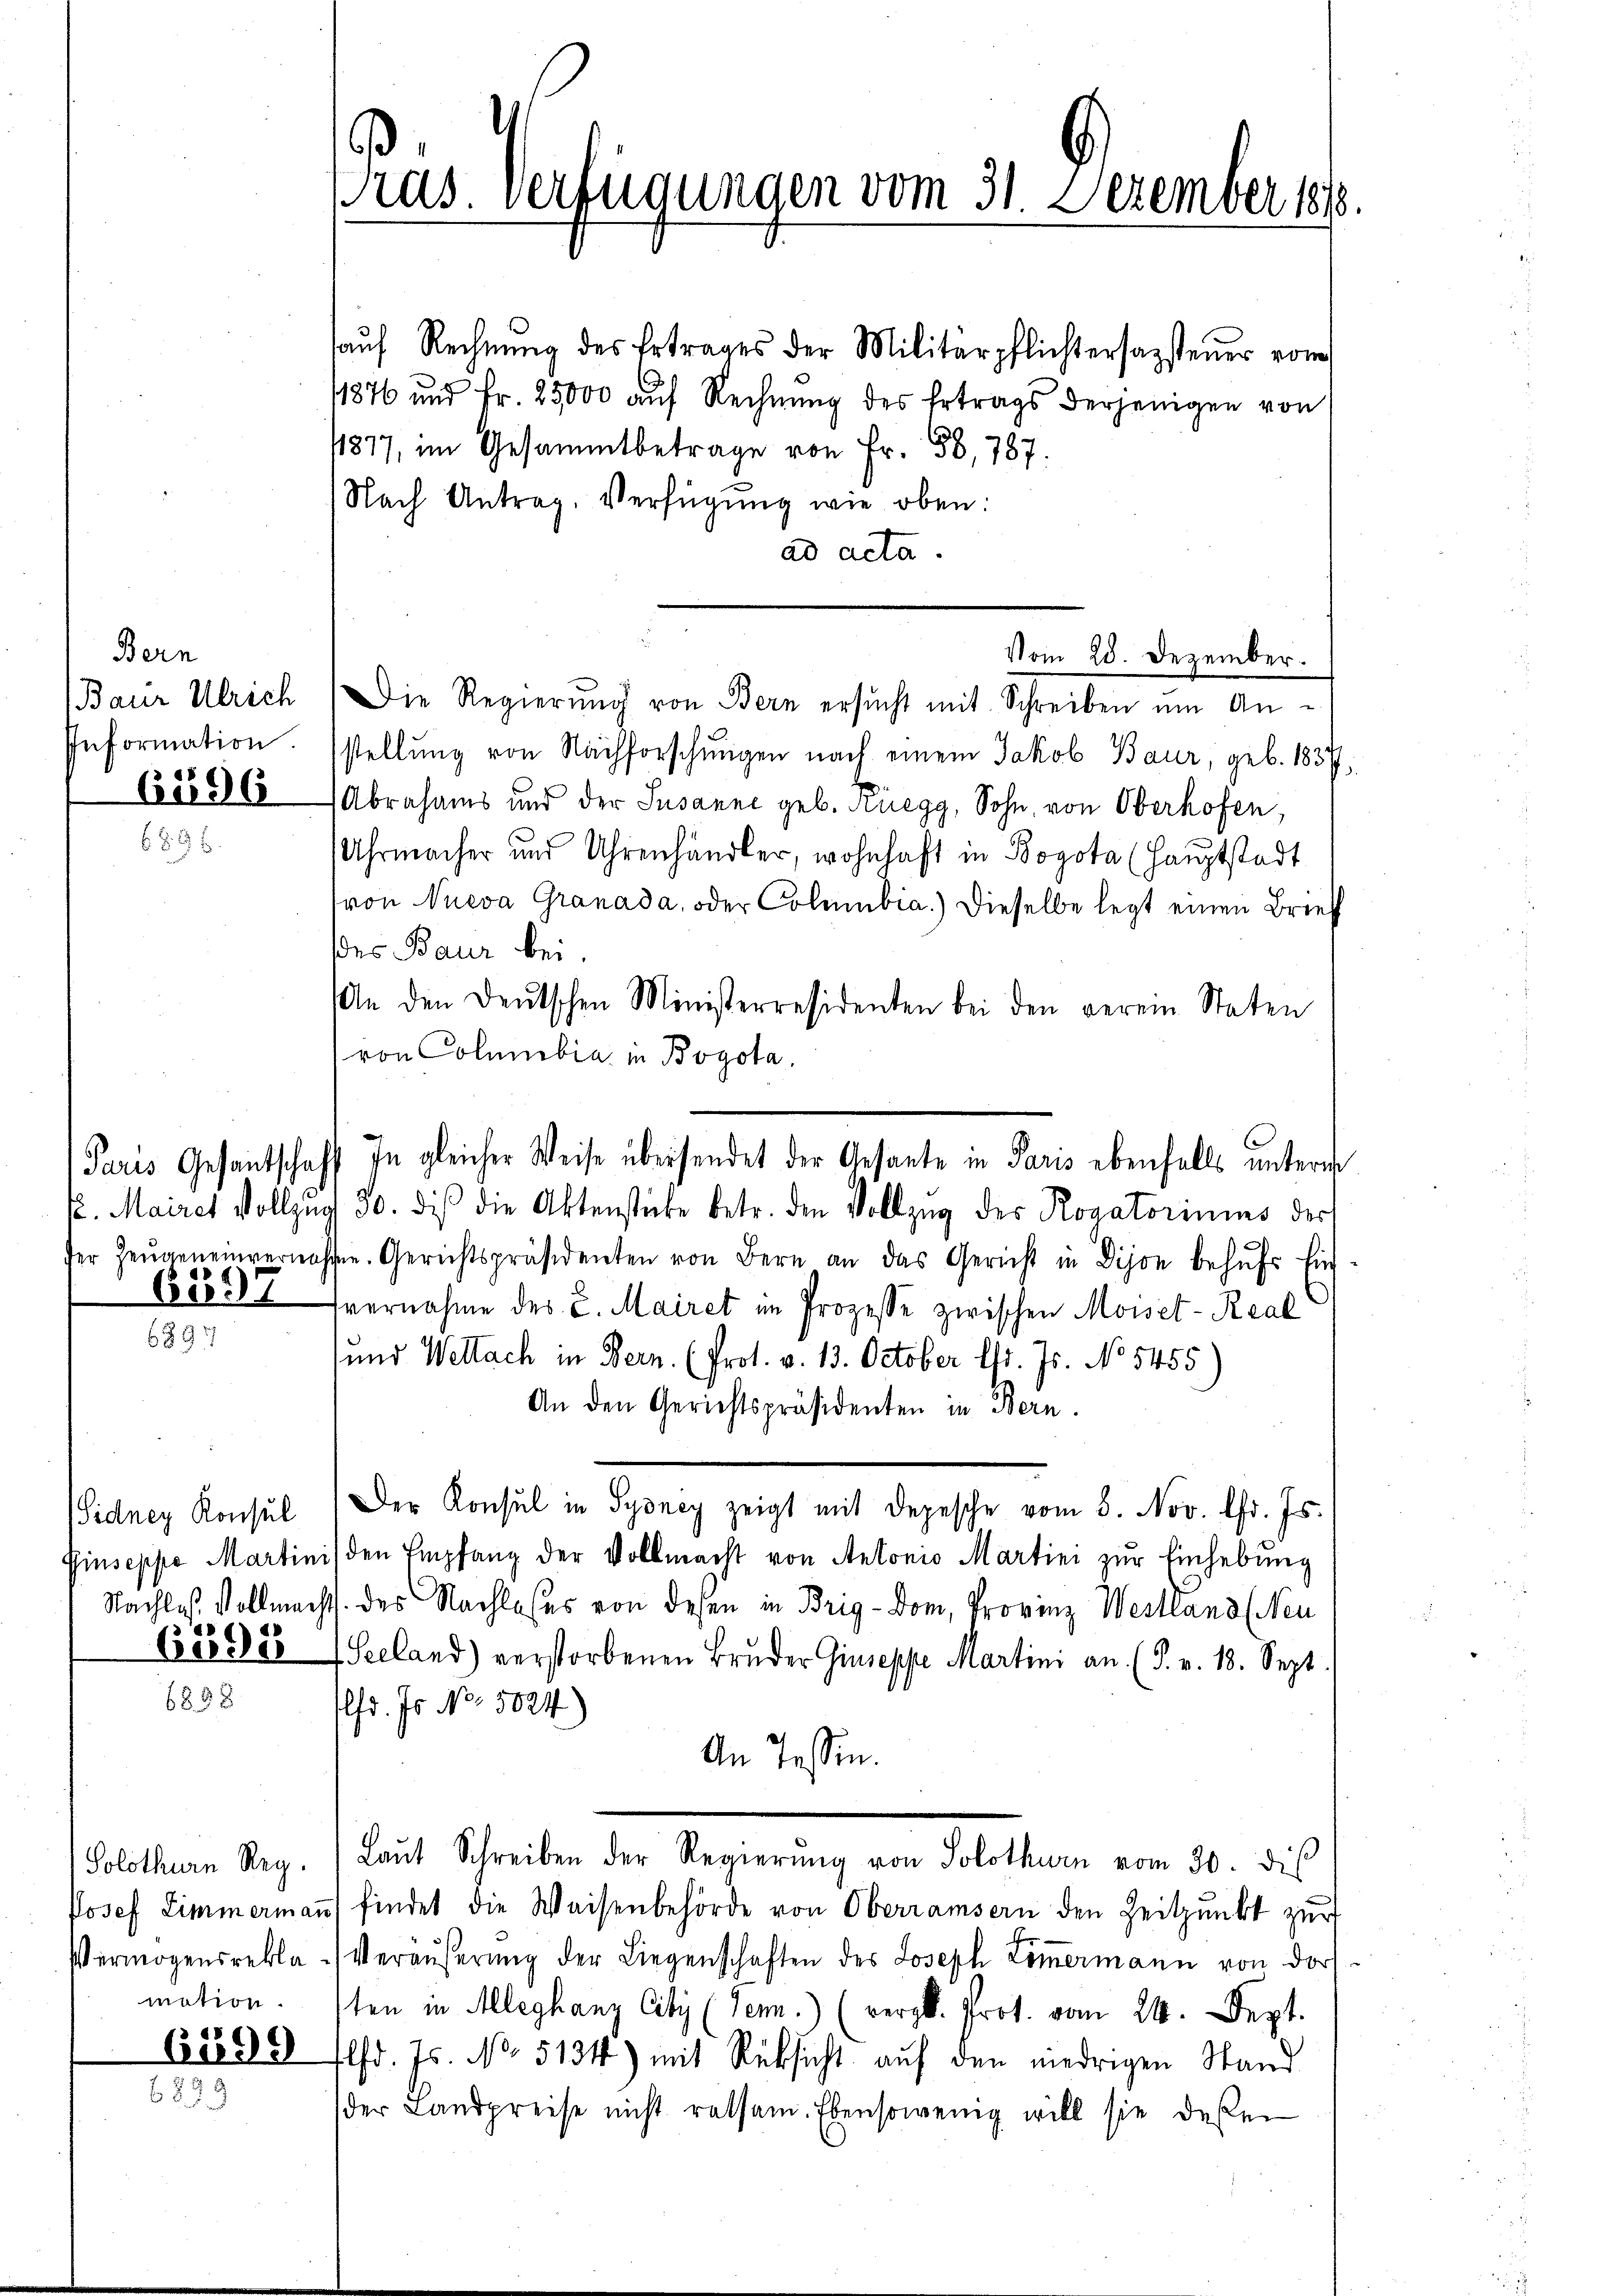
Bern
Baur Ulrich
Information.

6596

6598

299

Sidney Konsul

mation.

s
Pras. Verfügungen vom 31. Dezember 1818.

aŭf Rechnŭng des Ertrages der Militärpflichtersagsteŭer vom
11876 und Fr. 25000 auf Rechnung des Ertrags derjenigen von
11877, im Gesammtbetrage von Fr. 58, 787.
Nach Antrag, Verfügung wie oben:
ad acta.
Die Regierung von Bern ersucht mit Schreiben um Anstellung von Nachforschungen nach einem Jakob Baur, geb. 1837,
Abrahams und der Susanne geb. Rüegg, Sohn, von Oberhofen,
Uhrmacher und Uhrenhändler, wohnhaft in Bogota (Hauptstadt
von Nueva Granada, oder Colmubia.) Dieselbe legt einen Brief
des Baur bei.
An den Deutschen Ministerresidenten bei den verein Staten
von Columbia in Bogota,
. Maires Vollzug 30. diβ die Aktenstücke betr. den Vollzug des Rogatoriums der
ser Zeŭgeneinvernohmen. Gerichtspräsidenten von Bern an das Gericht in Dijon behŭfs Ein
vernahme des L. Mairet im Prozesse zwischen Moiset-Real
und Wettach in Bern. (Prot. v. 13. October l. Js. No 5455
An den Gerichtspräsidenten in Bern.
Der Konsul in Syoney zeigt mit Depesche vom 8. Nov. fr. Js.
Giuseppe Martinis den Empfang der Vollmacht von Antonio Martini zur Einhebung
Nachlaß Vollmachts. des Nachlasses von desen in Brig-Dom, Provinz Westland (Neu
Seeland) verstorbenen Bruder Giuseppe Martini an. (T. v. 18. Sept
lfd. Js. No. 5024)
An Tessin.
Solothurn Reg. Laŭt Schreiben der Regierŭng von Solothurn vom 30. dies
Josef Zimmermann findet die Weisenbehörde von Oberramsern den Zeitpunkt zur
Vermögensrekla - Veräŭβerŭng der Liegenschaften des Joseph Loṁermann von dor
ten in Alleghanz City (Ten.) (vergl. Prot. vom 24. Sept.
lfd. Js. No. 5134) mit Rücksicht auf den niedrigen Stand
der Landpreise nicht ratsam. Ebensowenig will sie deßen

Vom 28. Dezember.

Paris Gesandtschaft In gleicher Weise übersendet der Gesante in Paris ebenfalls untern